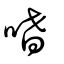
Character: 嗜